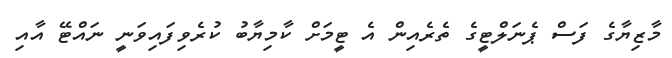
މާޒިޔާގެ ފަސް ޕެނަލްޓީގެ ތެރެއިން އެ ޓީމަށް ކާމިޔާބު ކުރެވިފައިވަނީ ނައްޓޭ އާއި